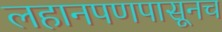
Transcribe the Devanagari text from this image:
लहानपणपासूनच